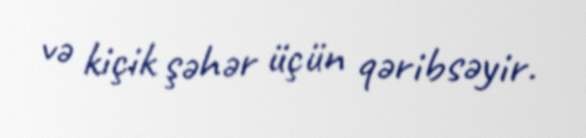
və kiçik şəhər üçün qəribsəyir.